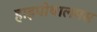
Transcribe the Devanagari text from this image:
हाइपोथालमस